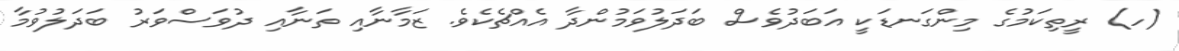
(ހ) ރީތިކަމުގެ މިންގަނޑަކީ އަބަދުވެސް ބަދަލުވަމުންދާ އެއްޗެކެވެ. ޒަމާނާއި ތަނާއި ދުވަސްވަރު ބަދަލުވުމާ